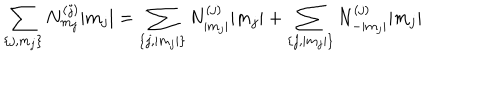
\sum _ { \{ j , m _ { j } \} } N _ { m _ { j } } ^ { ( j ) } | m _ { j } | = \sum _ { \{ j , | m _ { j } | \} } N _ { | m _ { j } | } ^ { ( j ) } | m _ { j } | + \sum _ { \{ j , | m _ { j } | \} } N _ { - | m _ { j } | } ^ { ( j ) } | m _ { j } |